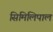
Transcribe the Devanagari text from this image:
सिमिलिपाल